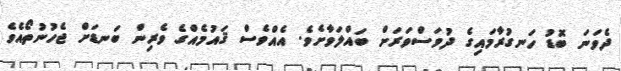
ދެވަނަ ބޮޑު ހަނގުރާމައިގެ ދުވަސްވަރަށް ބައްލަވާށެވެ. އެއްވެސް ޤައުމެއްގެ ވެރިން ބަނޑަށް ޖެހުނުތޯއެވެ